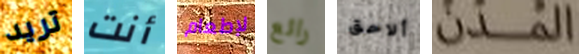
تريد أنت لإطعام رائع ألاحق المدن